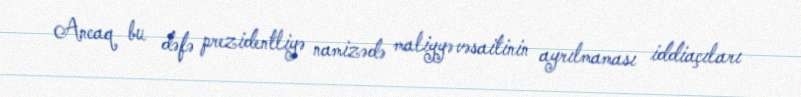
Ancaq bu dəfə prezidentliyə namizədə maliyyə vəsaitinin ayrılmaması iddiaçıları